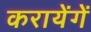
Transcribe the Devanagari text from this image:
करायेंगें